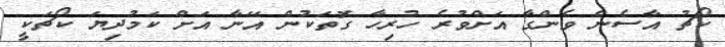
ކޯޗު އާސެން ވެންގާ އަށްވުރެ ހުރިހާ ގޮތަކުން އޭނާ އަށް ކަމުދިޔަ ކޯޗަކީ